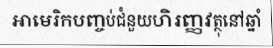
អាមេរិកបញ្ចប់ជំនួយហិរញ្ញវត្ថុនៅឆ្នាំ